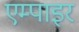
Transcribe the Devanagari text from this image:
एम्पाइर